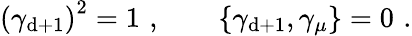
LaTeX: \left(\gamma_{\mathrm{d}+1}\right)^{2}=1\, \, ,\qquad\left\{ \gamma_{\mathrm{d}+1},\gamma_{\mu}\right\} =0\, \, .